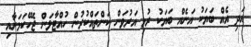
އަދި އެއް ބަޔަކު އަނެއް ބަޔަކު ރުޅި އަރުވަން ކަންތައްކުރުން ހުއްޓާލަން ޖެހޭކަމަށާއި